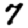
Digit: 7